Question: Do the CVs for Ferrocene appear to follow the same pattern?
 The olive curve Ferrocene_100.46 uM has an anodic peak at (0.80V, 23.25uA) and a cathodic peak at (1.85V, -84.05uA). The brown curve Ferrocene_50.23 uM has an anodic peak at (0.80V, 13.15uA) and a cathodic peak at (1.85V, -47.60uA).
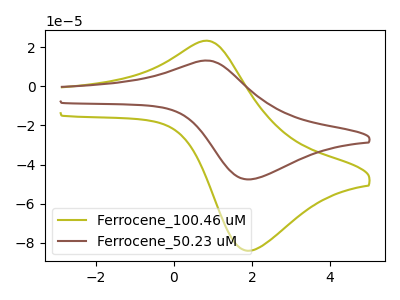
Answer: <think>All the peaks in "Ferrocene_100.46 uM" have a peak in "Ferrocene_50.23 uM" at the same potential. Every peak in "Ferrocene_100.46 uM" is higher than every peak in "Ferrocene_50.23 uM".
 </think>
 <answer>All the CV's of "Ferrocene" have similar shape.</answer>
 <eval>follow_rule</eval>